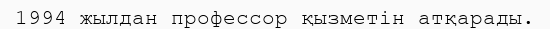
1994 жылдан профессор қызметін атқарады.